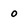
Character: o